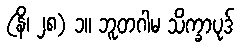
(နိ၊ ၂၈) ၁။ ဘူတဂါမ သိက္ခာပုဒ်